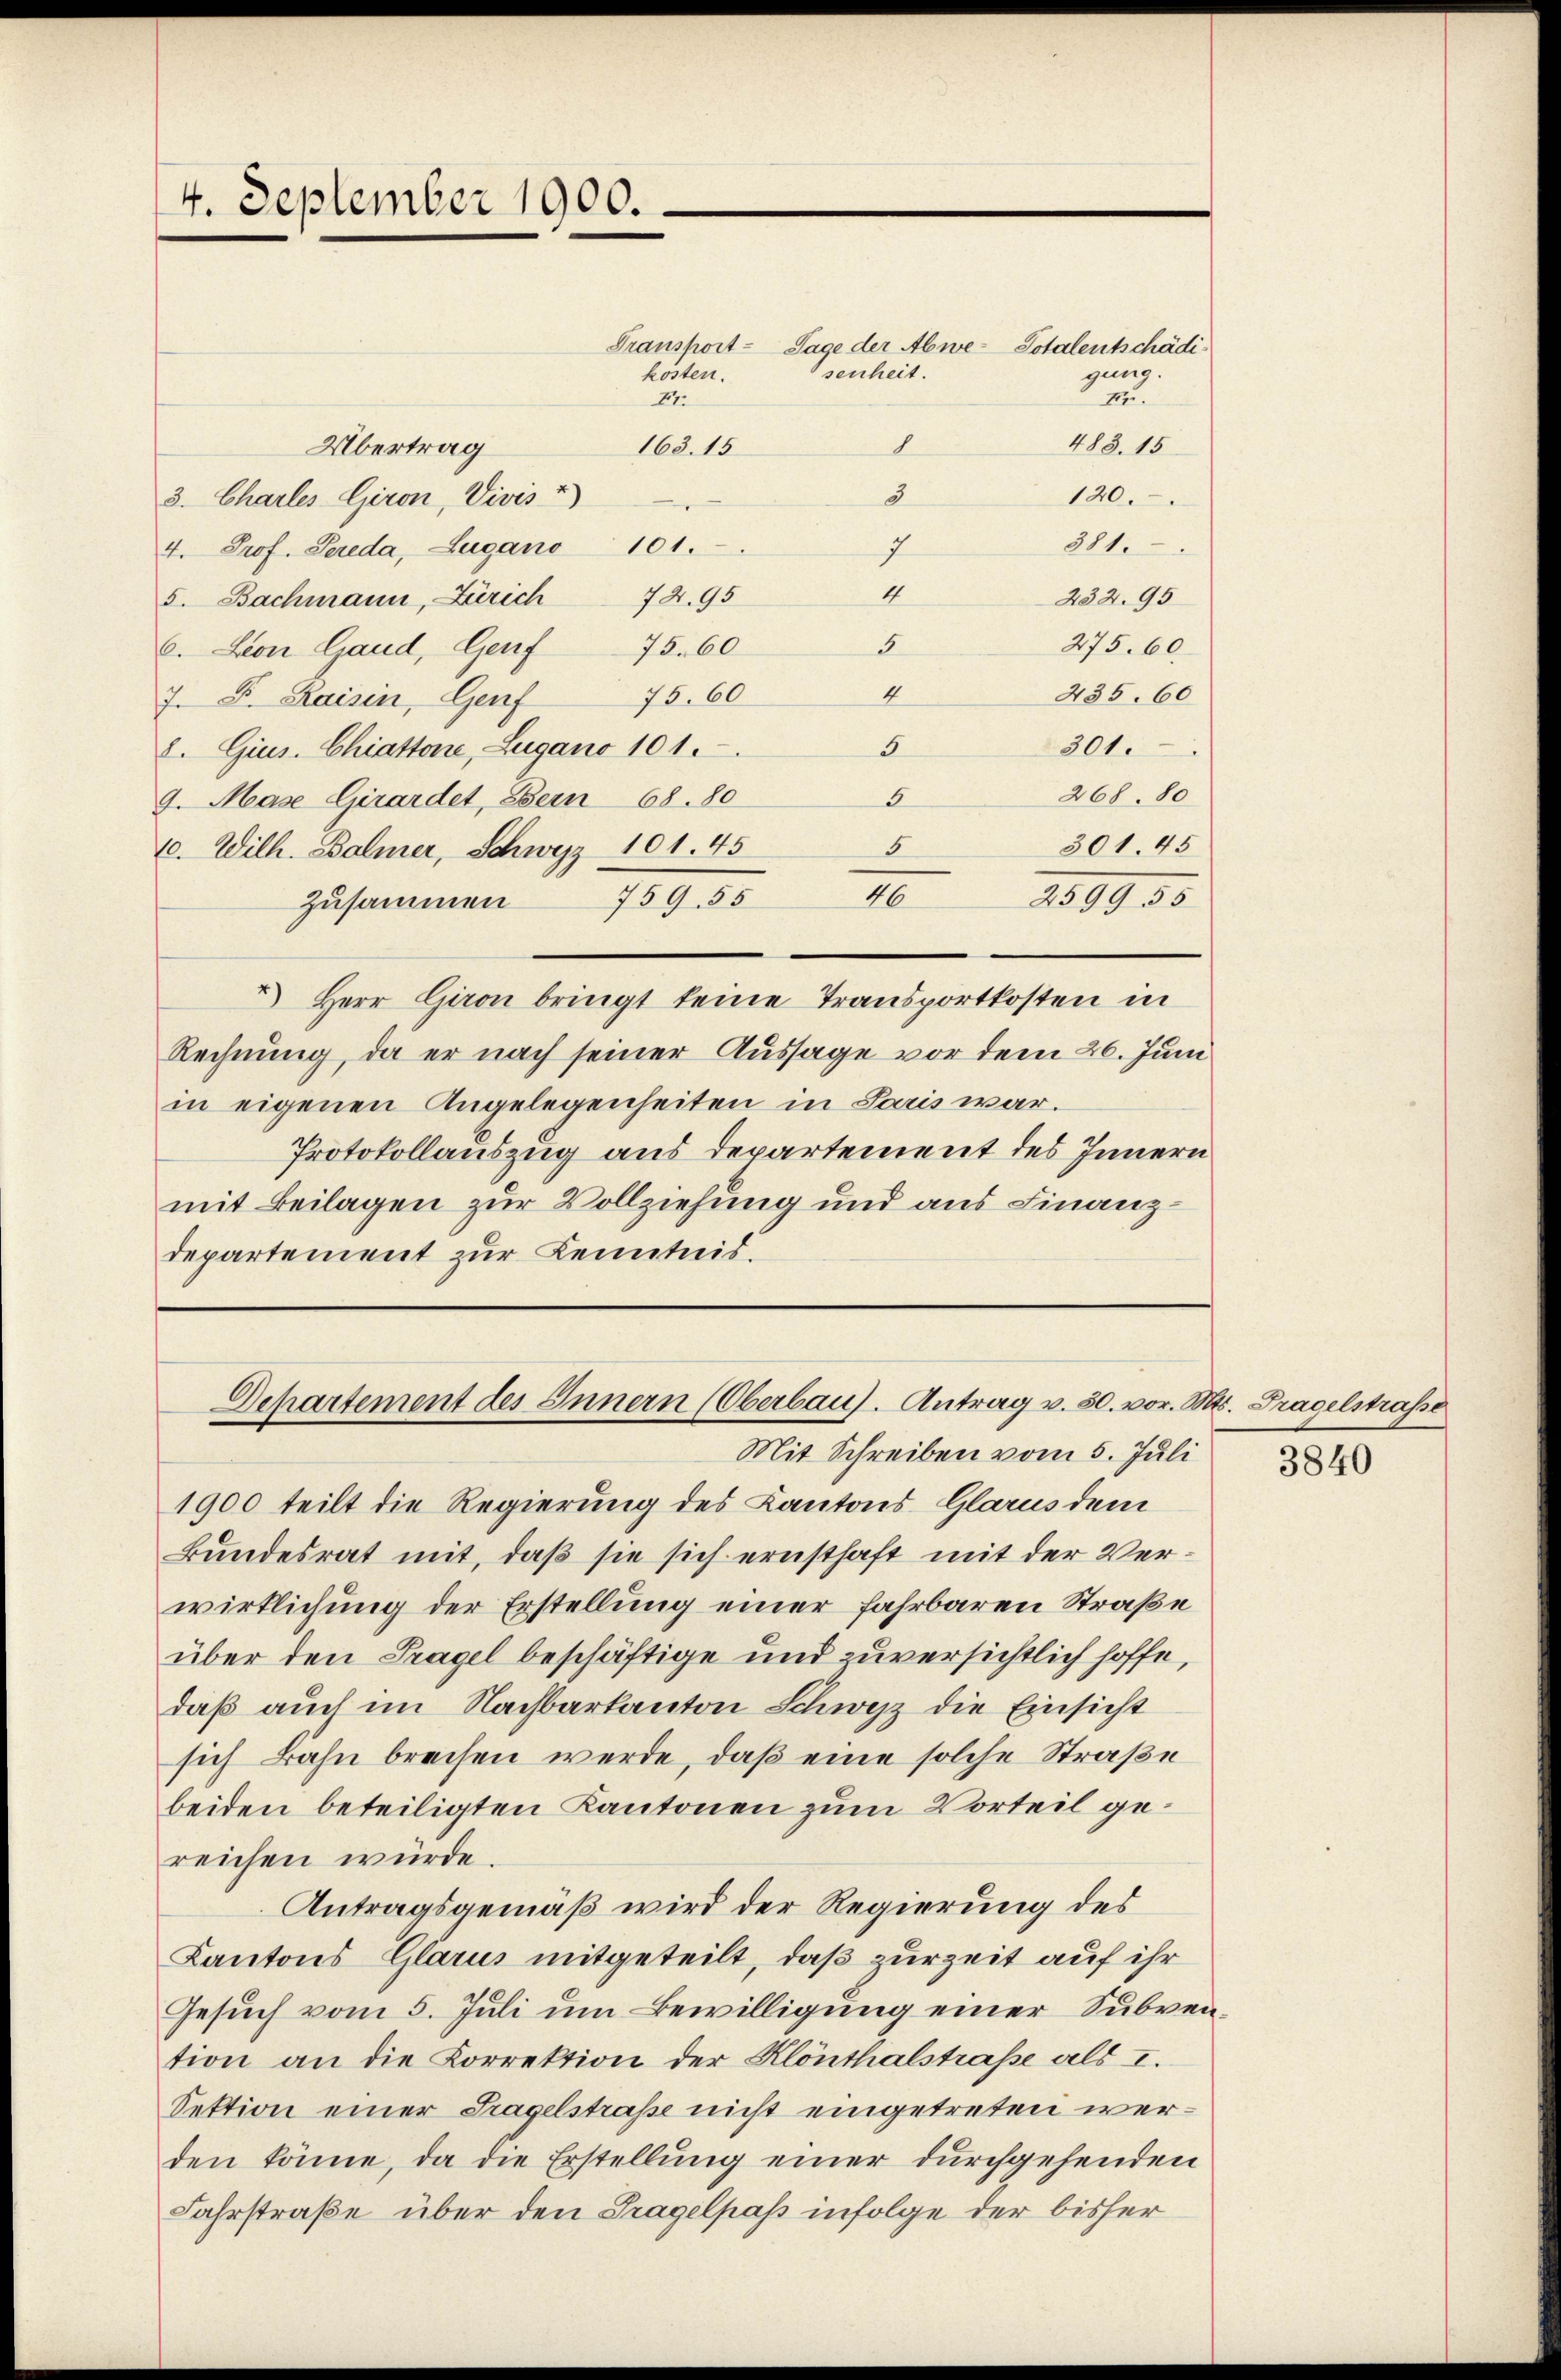
4. September 1900.

Transport- Tage der Abwe-Totalentschädikösten.
Er.
418. 15
Übertrag
163. 15
6
3
120.
3. Charles Giron, Vivis
381.
7
4. Prof. Pereda, Zugano 101.
4
232. 95
5. Bachmann, Zürich 72. 95
275. 60.
5
6. Leon Gand, Genf 75. 60
4
435. 60
75. 60
7. F. Raisin, Genf
301.
5
8. Gius. Chiattone, Zugano 101.
268. 80
5
9. Mase Girardet, Bern 68. 80
301. 45
5
10. Wilh. Balmer, Schwyz 101. 45
7
89950
Zusammen 759. 55
 Herr Giron bringt keine Transportkosten in
Rechnung, da er nach seiner Aussage vor dem 26. Juni
in eigenen Angelegenheiten in Paris war.
Protokollauszug aus Departement des Innern
mit Beilagen zur Vollziehung und aus Finanzdepartement zur Kenntnis.

senheit.

gung.
Fr.

Departement des Innern (Oberbau. Antrag v. 30. vor. Mts. Fragelstrasse

Mit Schreiben vom 5. Juli
1900 teilt die Regierung des Kantons Glarus dem
Bundesrat mit, daß sie sich ernsthaft mit der Verwirklichung der Erstellung einer fahrbaren Straße
über den Tragel beschäftige und zuversichtlich hoffe,
daß auch im Nachbarkanton Schwyz die Einsicht
sich Bahn brechen werde, daß eine solche Straße
beiden beteiligten Kantonen zum Vorteil gereichen würde.
Antragsgemäß wird der Regierung des
Kantons Glarus mitgeteilt, daß zurzeit auf ihr
Gesuch vom 5. Juli um Bewilligung einer Subvention an die Korrektion der Klönthalstraße als I.
Sektion einer Fragelstraße nicht eingetreten werden könne, da die Erstellung einer durchgehenden
Fahrstraße über den Tragelpass infolge der bisher

3840